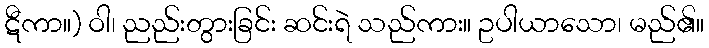
ဋီကာ။) ဝါ၊ ညည်းတွားခြင်း ဆင်းရဲ သည်ကား။ ဥပါယာသော၊ မည်၏။